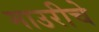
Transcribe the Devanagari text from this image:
माउरीचे